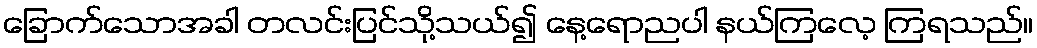
ခြောက်သောအခါ တလင်းပြင်သို့သယ်၍ နေ့ရောညပါ နယ်ကြလေ့ ကြရသည်။